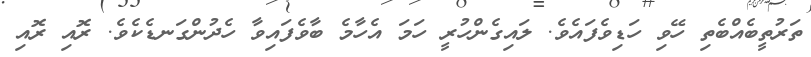
ތަރުތީބެއްބެތި ހޭވި ހަޑިވެފައެވެ. ލައިގެންހުރީ ހަމަ އެހާމެ ބާވެފައިވާ ހެދުންގަނޑެކެވެ. ރޮއި ރޮއި